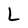
Character: L